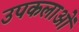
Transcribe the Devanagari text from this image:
उपकलाओं